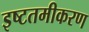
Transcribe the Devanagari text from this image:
इष्‍टतमीकरण